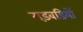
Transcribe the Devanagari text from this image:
गड़बडियों